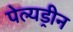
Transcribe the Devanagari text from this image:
पेल्यड्रीन